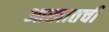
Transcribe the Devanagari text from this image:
आखातची